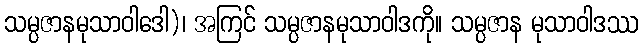
သမ္ပဇာနမုသာဝါဒေါ)၊ အကြင် သမ္ပဇာနမုသာဝါဒကို။ သမ္ပဇာန မုသာဝါဒဿ